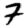
Digit: 7